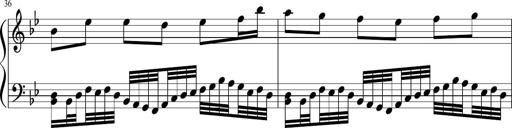
Title: Sonatina in F major
Composer: Ethan Ngo
Key: F major